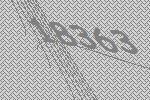
18363